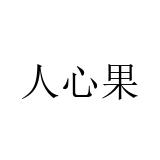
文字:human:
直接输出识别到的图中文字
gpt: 人心果